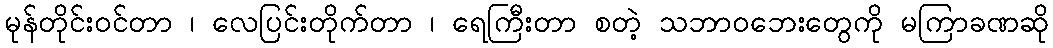
မုန်တိုင်းဝင်တာ ၊ လေပြင်းတိုက်တာ ၊ ရေကြီးတာ စတဲ့ သဘာဝဘေးတွေကို မကြာခဏဆို